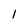
Character: 1